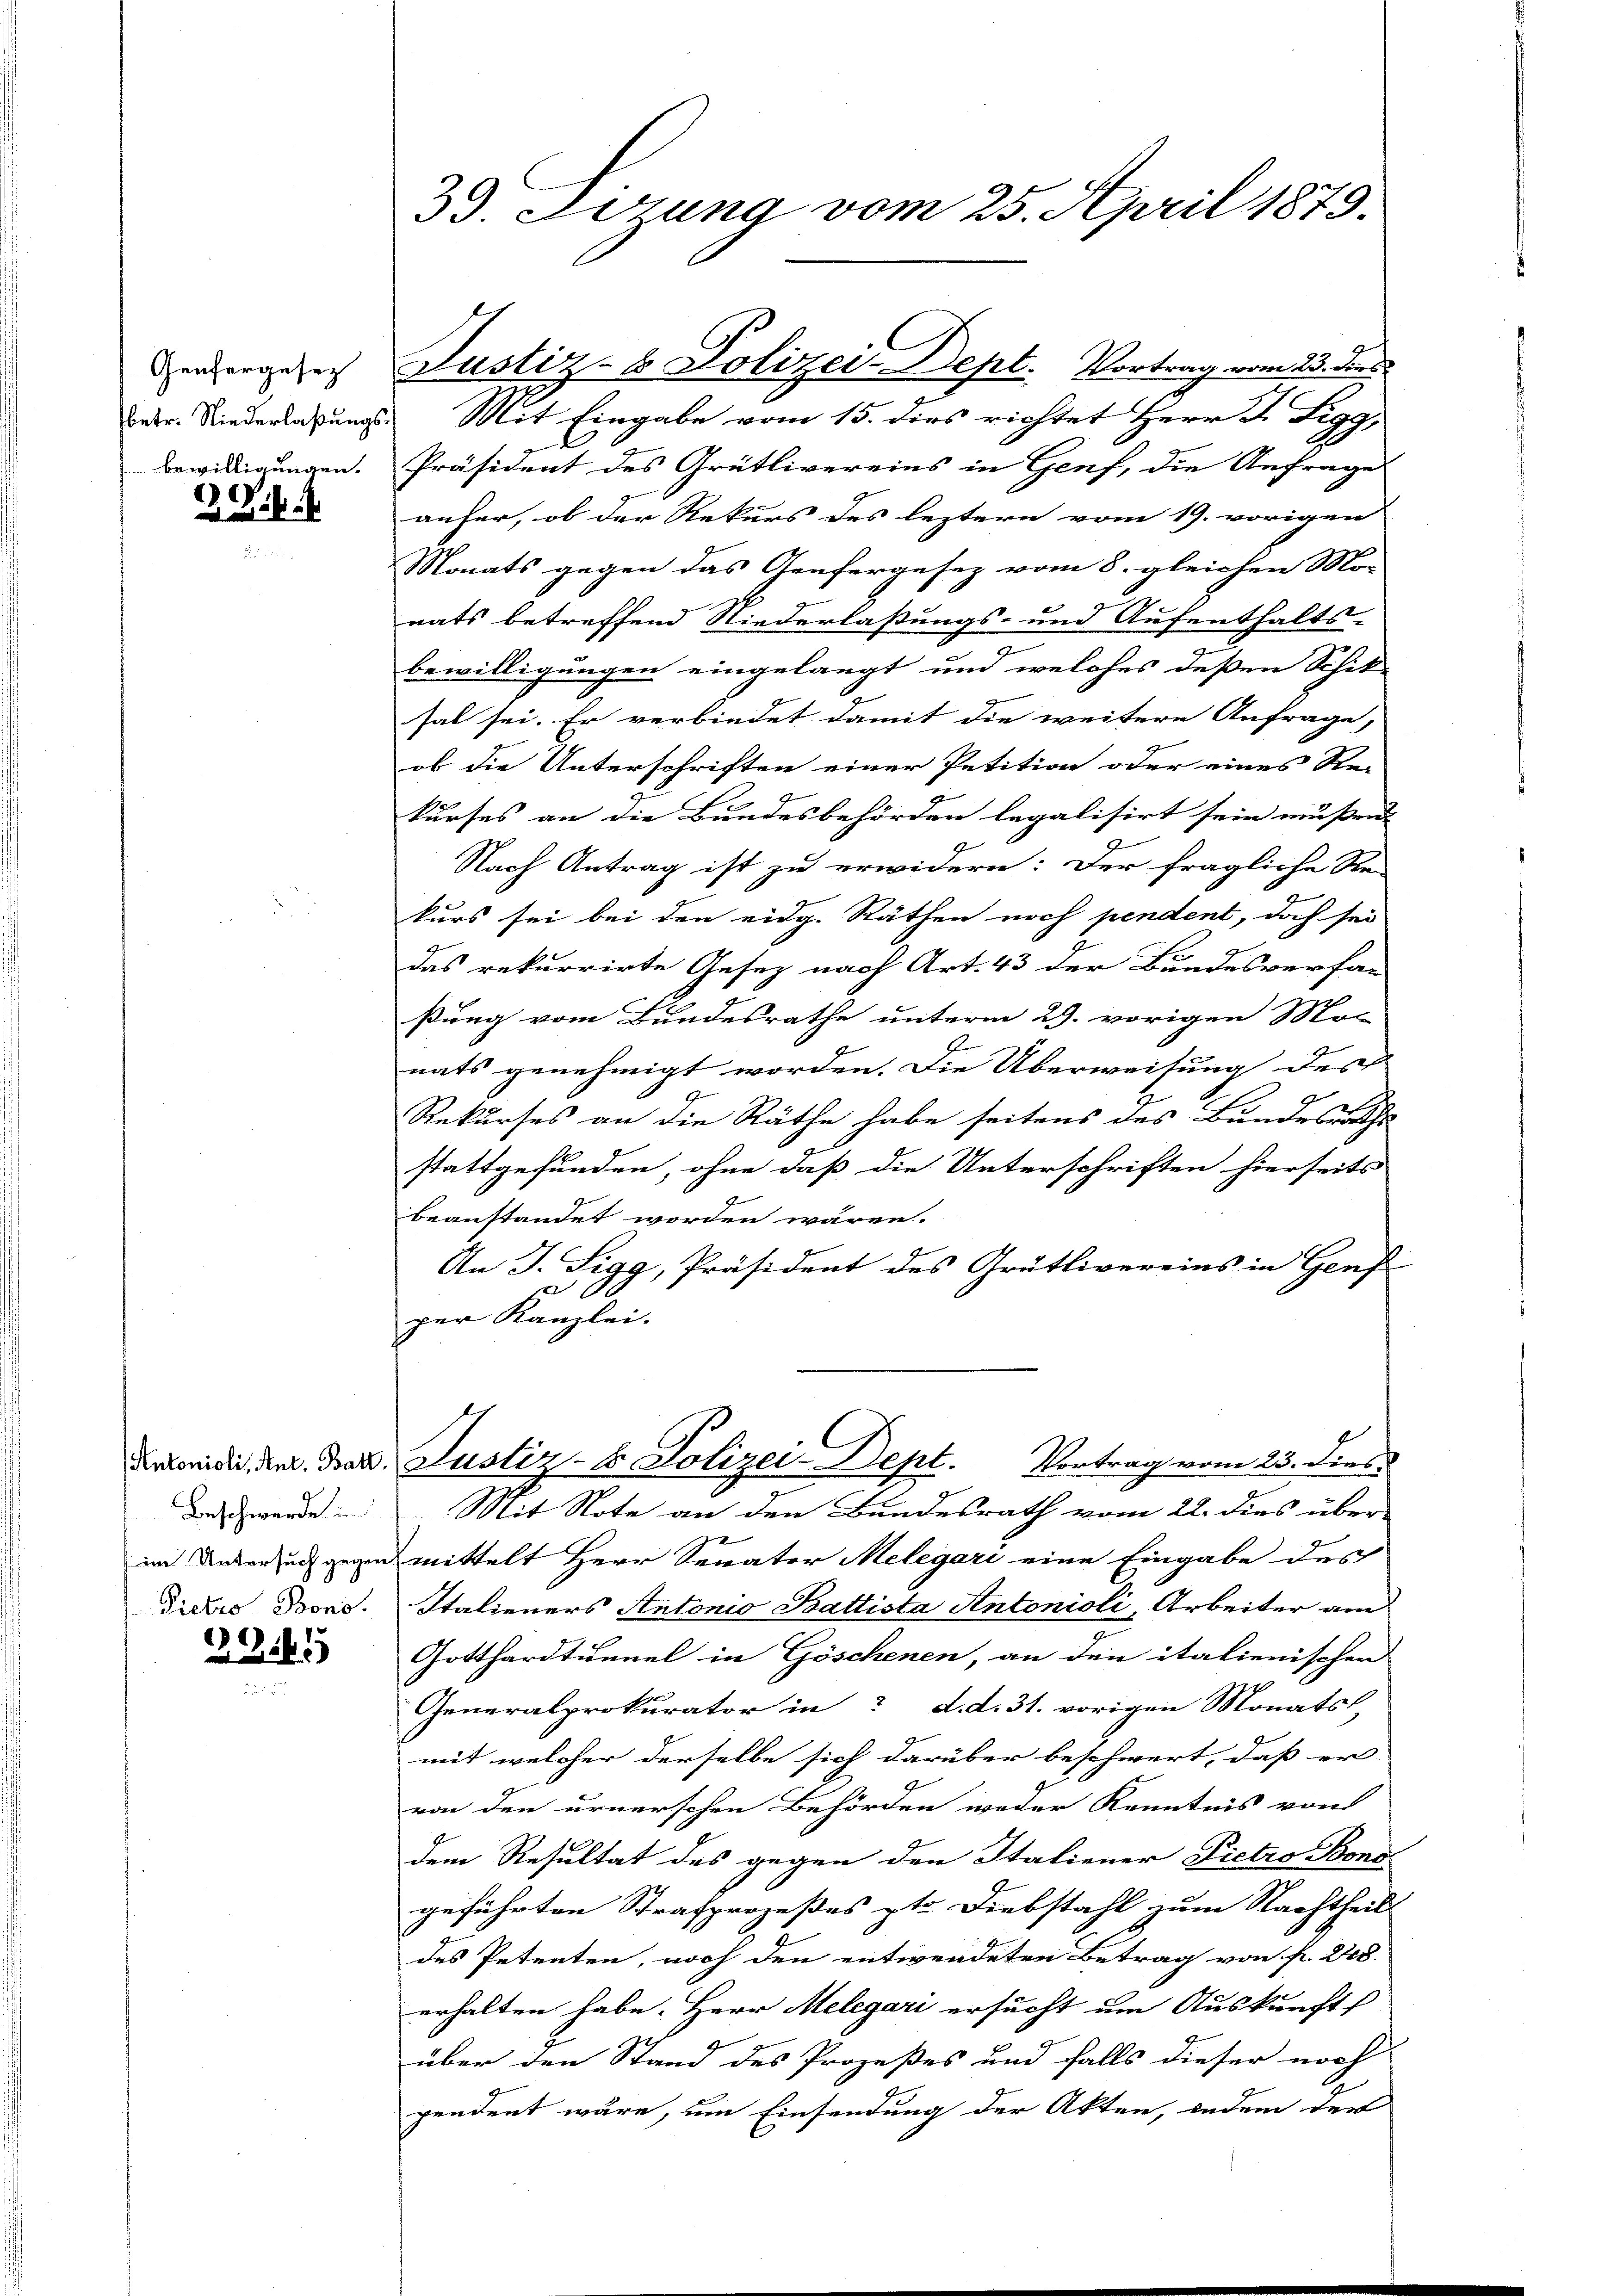
Genfergesetz
bewilligungen.

i

Beschwerde in
Pietro Bons.

224

3. Errung vom 25. April 1879.

Febr. Niederlassungs. Mit Eingabe vom 15. dies richtet Herr F. Sigg,
Präsident des Grütlivereins in Genf, die Anfrage
anher, ob der Rekurs des leztern vom 19. vorigen
Monats gegen das Genfergesez vom 8. gleichen Mo-
nats betreffend Niederlaßungs- und Aufenthalts-
bewilligungen eingelangt und welches deßen Schik-
sal sei. Er verbindet damit die weitere Anfrage,
ob die Unterschriften einer Petition oder eines Re-
kurses an die Bundesbehörden legalisirt sein müßen.
Nach Antrag ist zu erwidern: Der fragliche Re-
a
kurs sei bei den eidg. Räthen noch pendent, doch sei
das rekurrirte Gesetz nach Art. 43 der Bundesverfaßung vom Bundesrathe unterm 29. vorigen Mo-
nats genehmigt worden. Die Überweisung des
Rekurses an die Räthe habe seitens des Bundesrathe
stattgefunden, ohne daß die Unterschriften hierseits
beanstandet worden wären.
An J. Sigg, Präsident des Grütlivereins in Genf
zu
per Kanzlei.
Denkonidi, den Bat. Justiz- & Polizei-Dept. Vortrag vom 23. dies
Mit Note an den Bundesrath vom 22. dies über
im Unter uns gegen mittelt Herr Senator Melegari eine Eingabe des
Italieners Antonio Battista Antonioli, Arbeiter am
Gotthardtunnel in Göschenen, an den italienischen
Generalprokurator in d. d. 31. vorigen Monatst
mit welcher derselbe sich darüber beschwert, daß er
von den urnerschen Behörden weder Kenntnis von
dem Resultat des gegen den Italiener Pietro Bons
geführten Strafprozeßes pt. Diebstahl zum Nachtheil
des Petenten, noch den entwendeten Betrag von fr. 208.
erhalten habe. Herr Melegari ersucht um Auskunfts
über den Stand des Prozeßes und falls dieser noch
pendent wäre, um Einsendung der Akten, indem der

Justiz- & Polizei-Dept. Vortrag vom 23. de